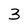
Character: 3